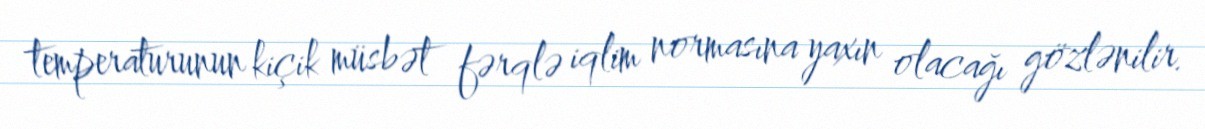
temperaturunun kiçik müsbət fərqlə iqlim normasına yaxın olacağı gözlənilir.